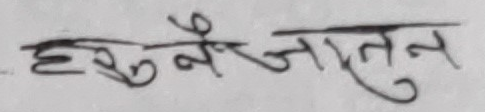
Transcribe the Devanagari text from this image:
हुरैजातुन